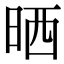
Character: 晒